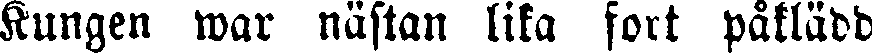
Kungen war nästan lika fort påklädd